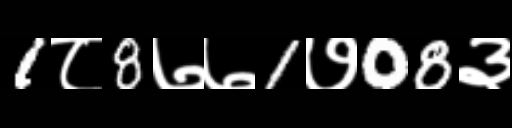
Text: 1८8७७1७08३